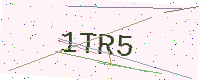
Text: 1TR5